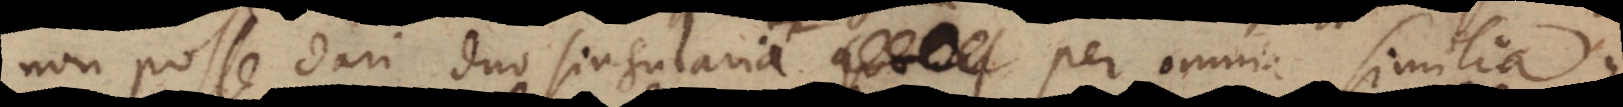
non posse dari duo singularia per omnia simi